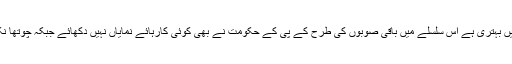
تیسرا نکتہ ٹیکس نظام میں بہتری ہے اس سلسلے میں باقی صوبوں کی طرح کے پی کے حکومت نے بھی کوئی کارہائے نمایاں نہیں دکھائے جبکہ چوتھا نکتہ کرپشن کا خاتمہ ہے۔